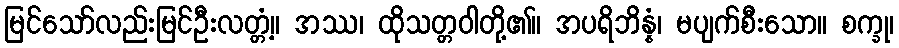
မြင်သော်လည်းမြင်ဦးလတ္တံ့။ အဿ၊ ထိုသတ္တဝါတို့၏။ အပရိဘိန္နံ၊ မပျက်စီးသော။ စက္ခု၊